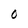
Character: O